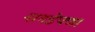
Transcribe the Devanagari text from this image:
नागडेपणा